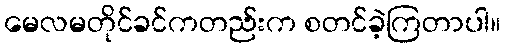
မေလမတိုင်ခင်ကတည်းက စတင်ခဲ့ကြတာပါ။